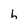
Character: h